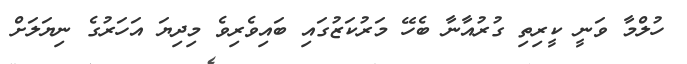
ހުލްމާ ވަނީ ކީރިތި ގުރުއާނާ ބެހޭ މަރުކަޒުގައި ބައިވެރިވެ މިދިޔަ އަހަރުގެ ނިޔަލަށް